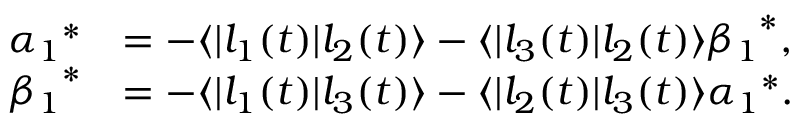
\begin{array} { r l } { { \alpha _ { 1 } } ^ { \ast } } & { = - \langle | l _ { 1 } ( t ) | l _ { 2 } ( t ) \rangle - \langle | l _ { 3 } ( t ) | l _ { 2 } ( t ) \rangle { \beta _ { 1 } } ^ { \ast } , } \\ { { \beta _ { 1 } } ^ { \ast } } & { = - \langle | l _ { 1 } ( t ) | l _ { 3 } ( t ) \rangle - \langle | l _ { 2 } ( t ) | l _ { 3 } ( t ) \rangle { \alpha _ { 1 } } ^ { \ast } . } \end{array}